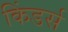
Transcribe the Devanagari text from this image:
किंडर्स